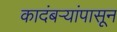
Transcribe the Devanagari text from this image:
कादंबऱ्यांपासून